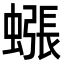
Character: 𧐊